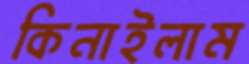
কিনাইলাম